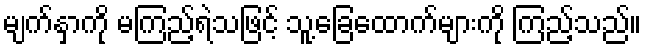
မျက်နှာကို မကြည့်ရဲသဖြင့် သူ့ခြေထောက်များကို ကြည့်သည်။